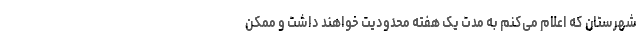
شهرستان که اعلام می‌کنم به مدت یک هفته محدودیت خواهند داشت و ممکن